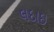
લદાઇ